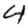
Digit: 4